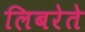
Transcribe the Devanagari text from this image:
लिबरेते